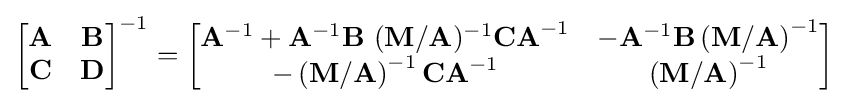
{\begin{bmatrix}\mathbf {A} &\mathbf {B} \\\mathbf {C} &\mathbf {D} \end{bmatrix}}^{-1}={\begin{bmatrix}\mathbf {A} ^{-1}+\mathbf {A} ^{-1}\mathbf {B} \ (\mathbf {M} /\mathbf {A} )^{-1}\mathbf {CA} ^{-1}&-\mathbf {A} ^{-1}\mathbf {B} \left(\mathbf {M} /\mathbf {A} \right)^{-1}\\-\left(\mathbf {M} /\mathbf {A} \right)^{-1}\mathbf {CA} ^{-1}&\left(\mathbf {M} /\mathbf {A} \right)^{-1}\end{bmatrix}}